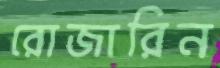
রোজারিন